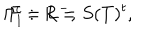
\Gamma _ { 1 } ^ { c } : \, R = S ( T ) ^ { t } , \hspace { 1 c m } F = L ^ { - } ,